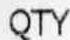
QTY